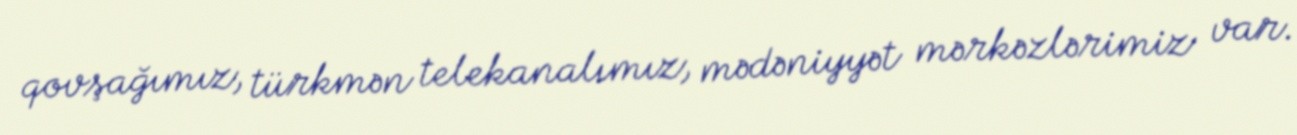
qovşağımız, türkmən telekanalımız, mədəniyyət mərkəzlərimiz var.